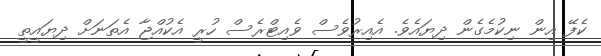
ކެފޭ އިން ނިކުމެގެން ދިޔައެވެ. އެއިރުވެސް ވެއިޓްރެސް ހުރީ އެކުއްޖާ އެތަނަށް ދިޔައީތީ